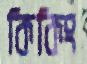
কিকিং